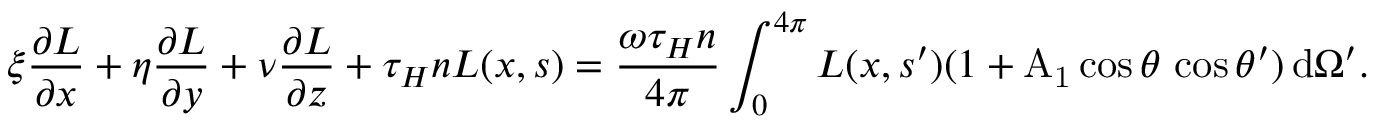
\xi \frac { \ensuremath { \partial } L } { \ensuremath { \partial } x } + \eta \frac { \ensuremath { \partial } L } { \ensuremath { \partial } y } + \nu \frac { \ensuremath { \partial } L } { \ensuremath { \partial } z } + \tau _ { H } n L ( { \ensuremath { \boldsymbol } x } , { \ensuremath { \boldsymbol } s } ) = \frac { \omega \tau _ { H } n } { 4 \pi } \int _ { 0 } ^ { 4 \pi } L ( { \ensuremath { \boldsymbol } x } , { \ensuremath { \boldsymbol } s } ^ { \prime } ) ( 1 + \mathrm { A _ { 1 } } \cos \theta \, \cos \theta ^ { \prime } ) \, \ensuremath { \mathrm { d } } \Omega ^ { \prime } .